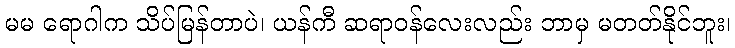
မမ ရောဂါက သိပ်မြန်တာပဲ၊ ယန်ကီ ဆရာဝန်လေးလည်း ဘာမှ မတတ်နိုင်ဘူး၊